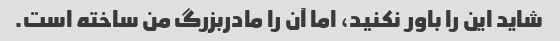
شاید این را باور نکنید، اما آن را مادربزرگ من ساخته است.